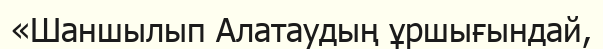
«Шаншылып Алатаудың ұршығындай,